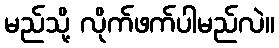
မည်သို့ လိုက်ဖက်ပါမည်လဲ။